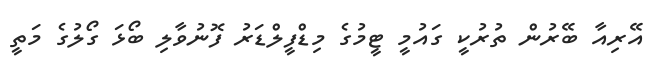
އޭރިއާ ބޭރުން ތުރުކީ ގައުމީ ޓީމުގެ މިޑްފީލްޑަރު ފޮނުވާލި ބޯޅަ ގޯލުގެ މަތީ